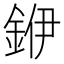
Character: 𮡶